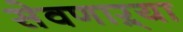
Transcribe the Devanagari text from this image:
सेवणाऱ्या